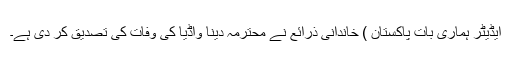
ایڈیٹر ہماری بات پاکستان ) خاندانی ذرائع نے محترمہ دینا واڈیا کی وفات کی تصدیق کر دی ہے۔